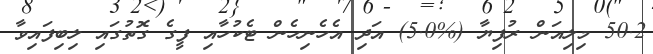
50.2 މިލިއަން ރުފިޔާ (%5.0) އަދި އެހެނިހެން ޓެކުހާއި ފީގެ ގޮތުގައި ލިބިފައިވާ